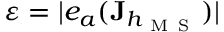
\varepsilon = | e _ { a } ( \mathbf { J } _ { h _ { \mathrm { ~ M ~ S ~ } } } ) |